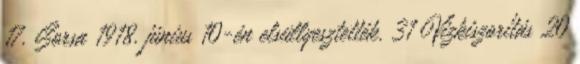
17. Sorsa 1918. június 10-én elsüllyesztették. 31 Vízkiszorítás 20